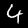
Label: 4